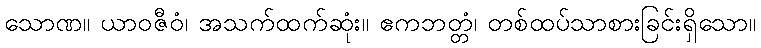
သောဏ။ ယာဝဇီဝံ၊ အသက်ထက်ဆုံး။ ဧကဘတ္တံ၊ တစ်ထပ်သာစားခြင်းရှိသော။